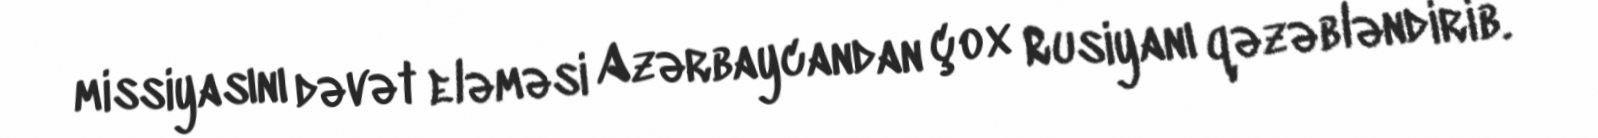
missiyasını dəvət eləməsi Azərbaycandan çox Rusiyanı qəzəbləndirib.